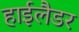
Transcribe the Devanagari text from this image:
हाईलैडर